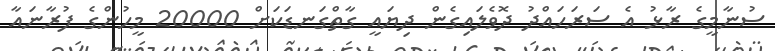
ސުނާމީގެ ރާޅު އެ ސަރަހައްދު ދޮވެލައިގެން ދިޔައީ ގާތްގަނޑަކަށް 20000 މީހުންގެ ފުރާނައާ